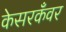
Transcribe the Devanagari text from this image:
केसरकँवर